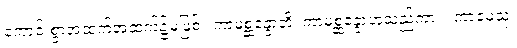
ကောင်းစွာအထက်အထက်၌မဖြစ်။ ကာမစ္ဆန္ဒောတိ၊ ကာမစ္ဆန္ဒောဟူသည်ကား။ ကာမေသု၊